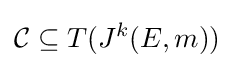
{\mathcal {C}}\subseteq T(J^{k}(E,m))